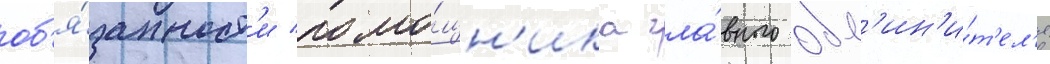
об'я́занност'и помо́щн'ика гла́вного обв'ин'и́т'ел'я